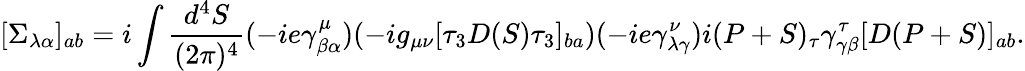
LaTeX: [\Sigma_{\lambda\alpha}]_{ab}=i\int\frac{d^{4}S}{(2\pi)^{4}}(-ie\gamma_{\beta\alpha}^{\mu})(-ig_{\mu\nu}[\tau_{3}D(S)\tau_{3}]_{ba})(-ie\gamma_{\lambda\gamma}^{\nu})i(P+S)_{\tau}\gamma_{\gamma\beta}^{\tau}[D(P+S)]_{ab}.